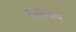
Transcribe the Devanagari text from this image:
करयाय